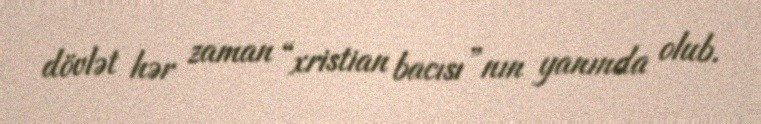
dövlət hər zaman “xristian bacısı”nın yanında olub.